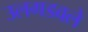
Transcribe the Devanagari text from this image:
उलगडवले